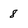
Character: 8